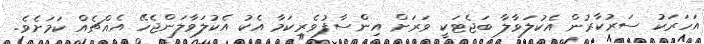
އަހަރަކު ސަރުކާރުން އެކުލަވާލާ ބަޖެޓަކީ ވަރަށް އިންސާފުވެރިކަމާ އެކު އެކުލަވާލަންޖެހޭ އެއްޗެއް ކަމަށެވެ.